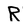
Character: R